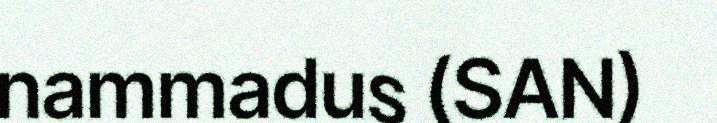
nammadus (SAN)